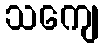
သကျေ